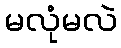
မလုံမလဲ